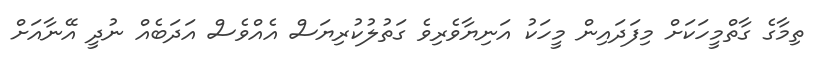
ތިމާގެ ގާތްމީހަކަށް މިފަދައިން މީހަކު އަނިޔާވެރިވެ ގަތުލުކުރިޔަސް އެއްވެސް އަދަބެއް ނުދީ އޭނާއަށް